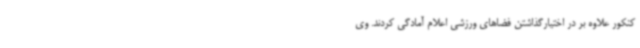
کنکور علاوه بر در اختیارگذاشتن فضاهای ورزشی اعلام آمادگی کردند. وی